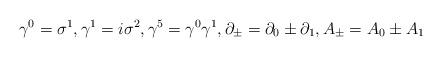
LaTeX: \begin{align*}{\gamma}^0={\sigma}^1,{\gamma}^1=i{\sigma}^2,{\gamma}^5={\gamma}^0{\gamma}^1,\partial_{\pm}=\partial_0\pm\partial_1,A_{\pm}=A_0\pm A_1\end{align*}